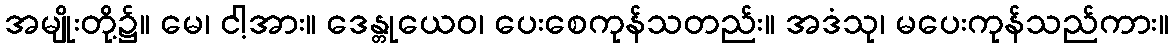
အမျိုးတို့၌။ မေ၊ ငါ့အား။ ဒေန္တုယေဝ၊ ပေးစေကုန်သတည်း။ အဒံသု၊ မပေးကုန်သည်ကား။